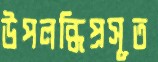
উপলব্ধিপ্রসূত